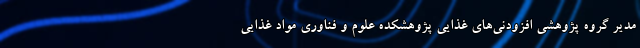
مدیر گروه پژوهشی افزودنی‌های غذایی پژوهشکده علوم و فناوری مواد غذایی